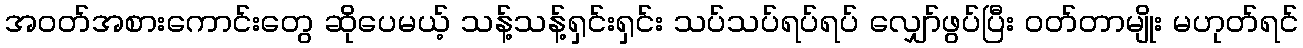
အဝတ်အစားကောင်းတွေ ဆိုပေမယ့် သန့်သန့်ရှင်းရှင်း သပ်သပ်ရပ်ရပ် လျှော်ဖွပ်ပြီး ဝတ်တာမျိုး မဟုတ်ရင်